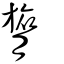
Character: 膐